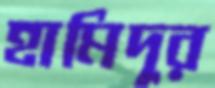
হামিদুর